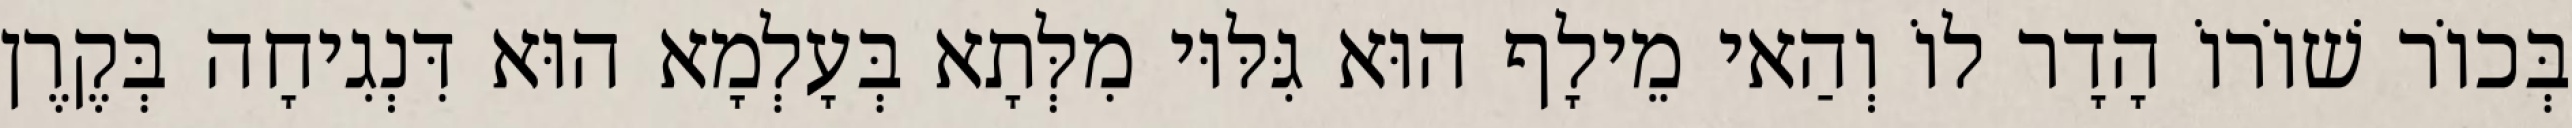
בְּכוֹר שׁוֹרוֹ הָדָר לוֹ וְהַאי מֵילָף הוּא גִּלּוּי מִלְּתָא בְּעָלְמָא הוּא דִּנְגִיחָה בְּקֶרֶן